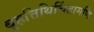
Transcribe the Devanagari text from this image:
बृहत्तिथिचिंतामणि